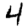
Digit: 4